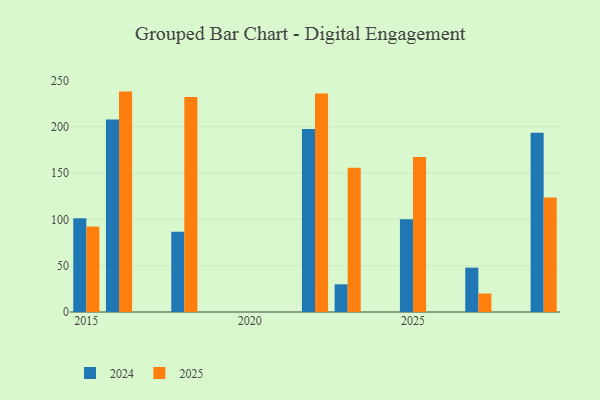
{"axis": {"x": "Year", "y": "Market Share (%)"}, "legend": ["2024", "2025"], "data": [{"x": "2023", "y": 29.9, "type": "2024"}, {"x": "2023", "y": 155.7, "type": "2025"}, {"x": "2025", "y": 100.0, "type": "2024"}, {"x": "2025", "y": 167.3, "type": "2025"}, {"x": "2016", "y": 207.9, "type": "2024"}, {"x": "2016", "y": 237.9, "type": "2025"}, {"x": "2018", "y": 86.5, "type": "2024"}, {"x": "2018", "y": 232.1, "type": "2025"}, {"x": "2015", "y": 101.3, "type": "2024"}, {"x": "2015", "y": 92.2, "type": "2025"}, {"x": "2029", "y": 193.6, "type": "2024"}, {"x": "2029", "y": 123.7, "type": "2025"}, {"x": "2022", "y": 197.5, "type": "2024"}, {"x": "2022", "y": 235.8, "type": "2025"}, {"x": "2027", "y": 47.9, "type": "2024"}, {"x": "2027", "y": 19.9, "type": "2025"}]}